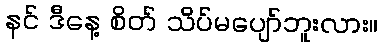
နင် ဒီနေ့ စိတ် သိပ်မပျော်ဘူးလား။